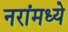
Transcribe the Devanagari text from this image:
नरांमध्ये